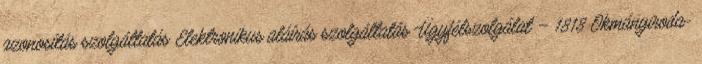
azonosítás szolgáltatás Elektronikus aláírás szolgáltatás Ügyfélszolgálat – 1818 Okmányiroda-